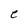
Character: e